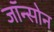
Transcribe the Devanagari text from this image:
जॉन्सोन